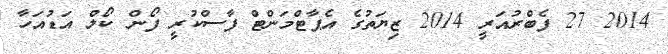
2014 27 ފެބްރުއަރީ 2014 ޒިޔަތުގެ އެޕާޓްމަންޓް ފާސްކުރީ ފޯން ކޯލް އަޑުއަހާ